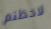
لاحظتم